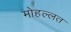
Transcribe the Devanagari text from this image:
मोहल्लत